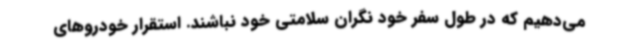
می‌دهیم که در طول سفر خود نگران سلامتی خود نباشند. استقرار خودروهای